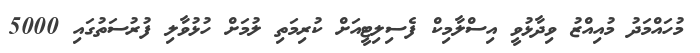
މުހައްމަދު މުއިއްޒު ވިދާޅުވީ އިސްލާމިކް ފެސިލިޓީއަށް ކުރިމަތި ލުމަށް ހުޅުވާލި ފުރުސަތުގައި 5000